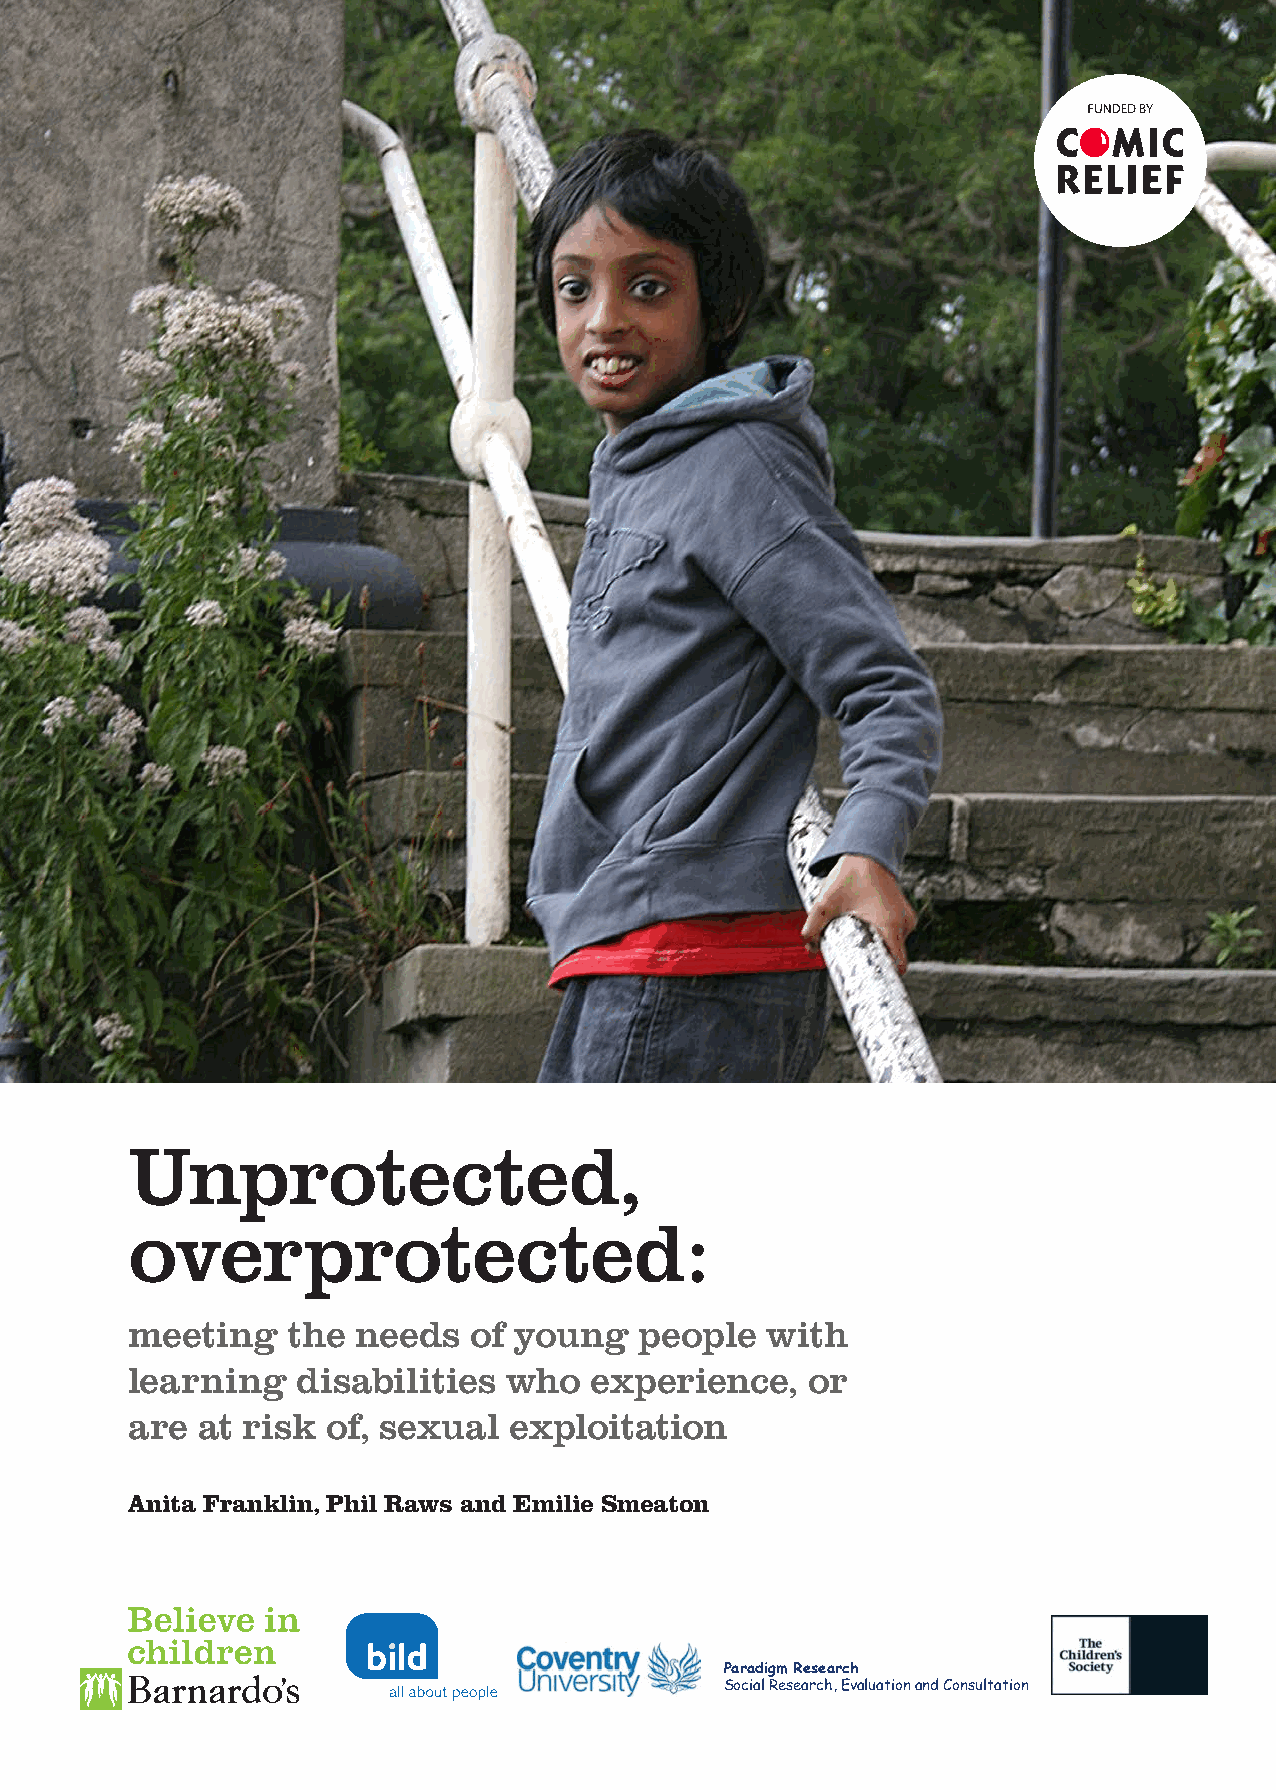
Unprotected,
 overprotected:
 meeting   the  needs  of young   people   with
 learning   disabilities who   experience,   or
 are at risk  of, sexual  exploitation
 Anita Franklin, Phil Raws and Emilie Smeaton
 Paradigm Research
 Social Research, Evaluation and Consultation